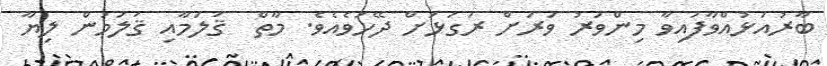
ބާރުއަޅުއްވާފައިވާ މިންވަރު ވަރަށް ރަގަޅަށް ދޭހަވެއެވެ. މާތް  ޤަލަމާއި ޤަލަމުން ލިޔާ